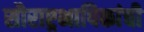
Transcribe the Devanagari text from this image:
सौराष्ट्रभाषिकांची